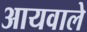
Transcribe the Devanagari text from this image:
आयवाले